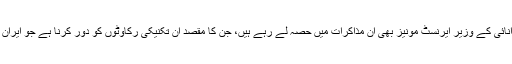
ایران کے جوہری پروگرام کے سربراہ علی اکبر صالحی اور امریکہ کے توانائی کے وزیر ایرنسٹ مونیز بھی ان مذاکرات میں حصہ لے رہے ہیں، جن کا مقصد ان تکنیکی رکاوٹوں کو دور کرنا ہے جو ایران اور چھ عالمی طاقتوں کے درمیان ایک حتمی معاہدے کی راہ میں حائل ہیں۔